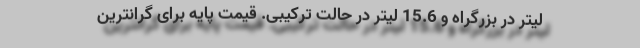
لیتر در بزرگراه و 15.6 لیتر در حالت ترکیبی. قیمت پایه برای گرانترین